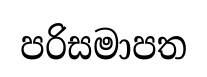
පරිසමාපත